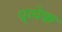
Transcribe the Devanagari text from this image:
प्र्त्येक